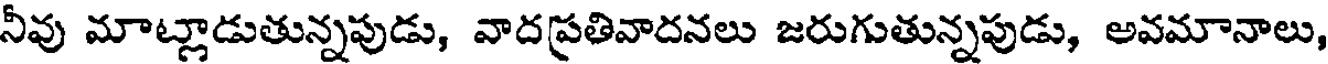
నీవు మాట్లాడుతున్నపుడు, వాదప్రతివాదనలు జరుగుతున్నపుడు, అవమానాలు,